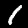
Label: 1